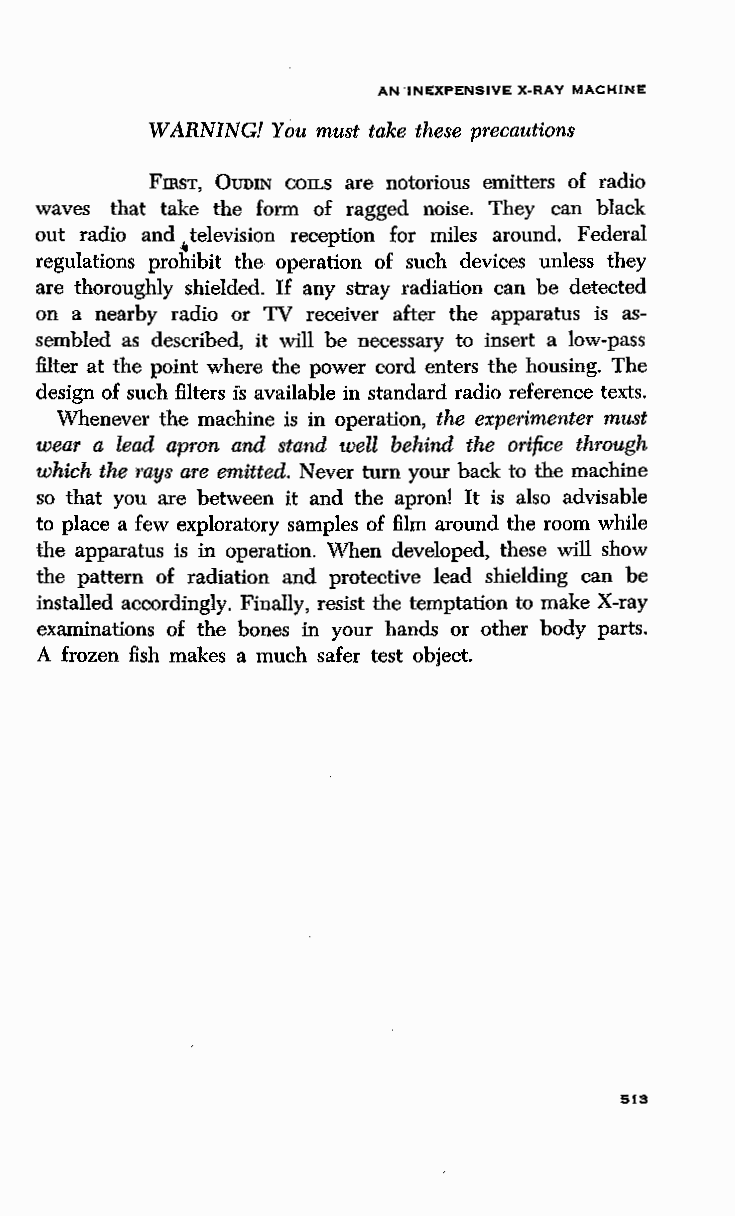
AN INEXPENSIVE X-RAY MACHINE
 WARNING! You must take these precautions
 FmsT, OuoiN COILS are notorious emitters of radio
 waves that take the form of ragged noise. They can black
 out radio and television reception for miles around. Federal
 4
 regulations prohibit the operation of such devices unless they
 are thoroughly shielded. If any stray radiation can be detected
 on a nearby radio or TV receiver after the apparatus is as
 sembled as described, it will be necessary to insert a low-pass
 filter at the point where the power cord enters the housing. The
 design of such filters is available in standard radio reference texts.
 Whenever the machine is in operation, the experimenter must
 wear a lead apron and stand well behind the orifice through
 which the mys are emitted. Never turn your back to the machine
 so that you are between it and the apron! It is also advisable
 to place a few exploratory samples of film around the room while
 the apparatus is in operation. When developed, these will show
 the pattern of radiation and protective lead shielding can be
 installed accordingly. Finally, resist the temptation to make X-ray
 examinations of the bones in your hands or other body parts.
 A frozen fish makes a much safer test object.
 513